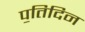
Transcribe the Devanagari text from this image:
प॒तिदिन